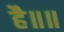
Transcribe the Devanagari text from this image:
है॥॥